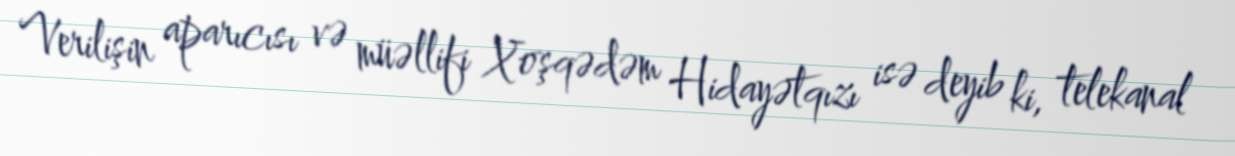
Verilişin aparıcısı və müəllifi Xoşqədəm Hidayətqızı isə deyib ki, telekanal